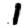
Digit: 1